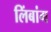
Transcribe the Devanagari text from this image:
लिंबांग